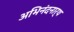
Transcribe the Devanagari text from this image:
अभिनंदनार्थ